Bréfritari: Stefanía Siggeirsdóttir
Viðtakandi: Páll Pálsson
Dagsetning: A-1871-04-05
Skrifað á: Hraungerði  Árn.
Stefanía var bróðurdóttir Páls Pálssonar

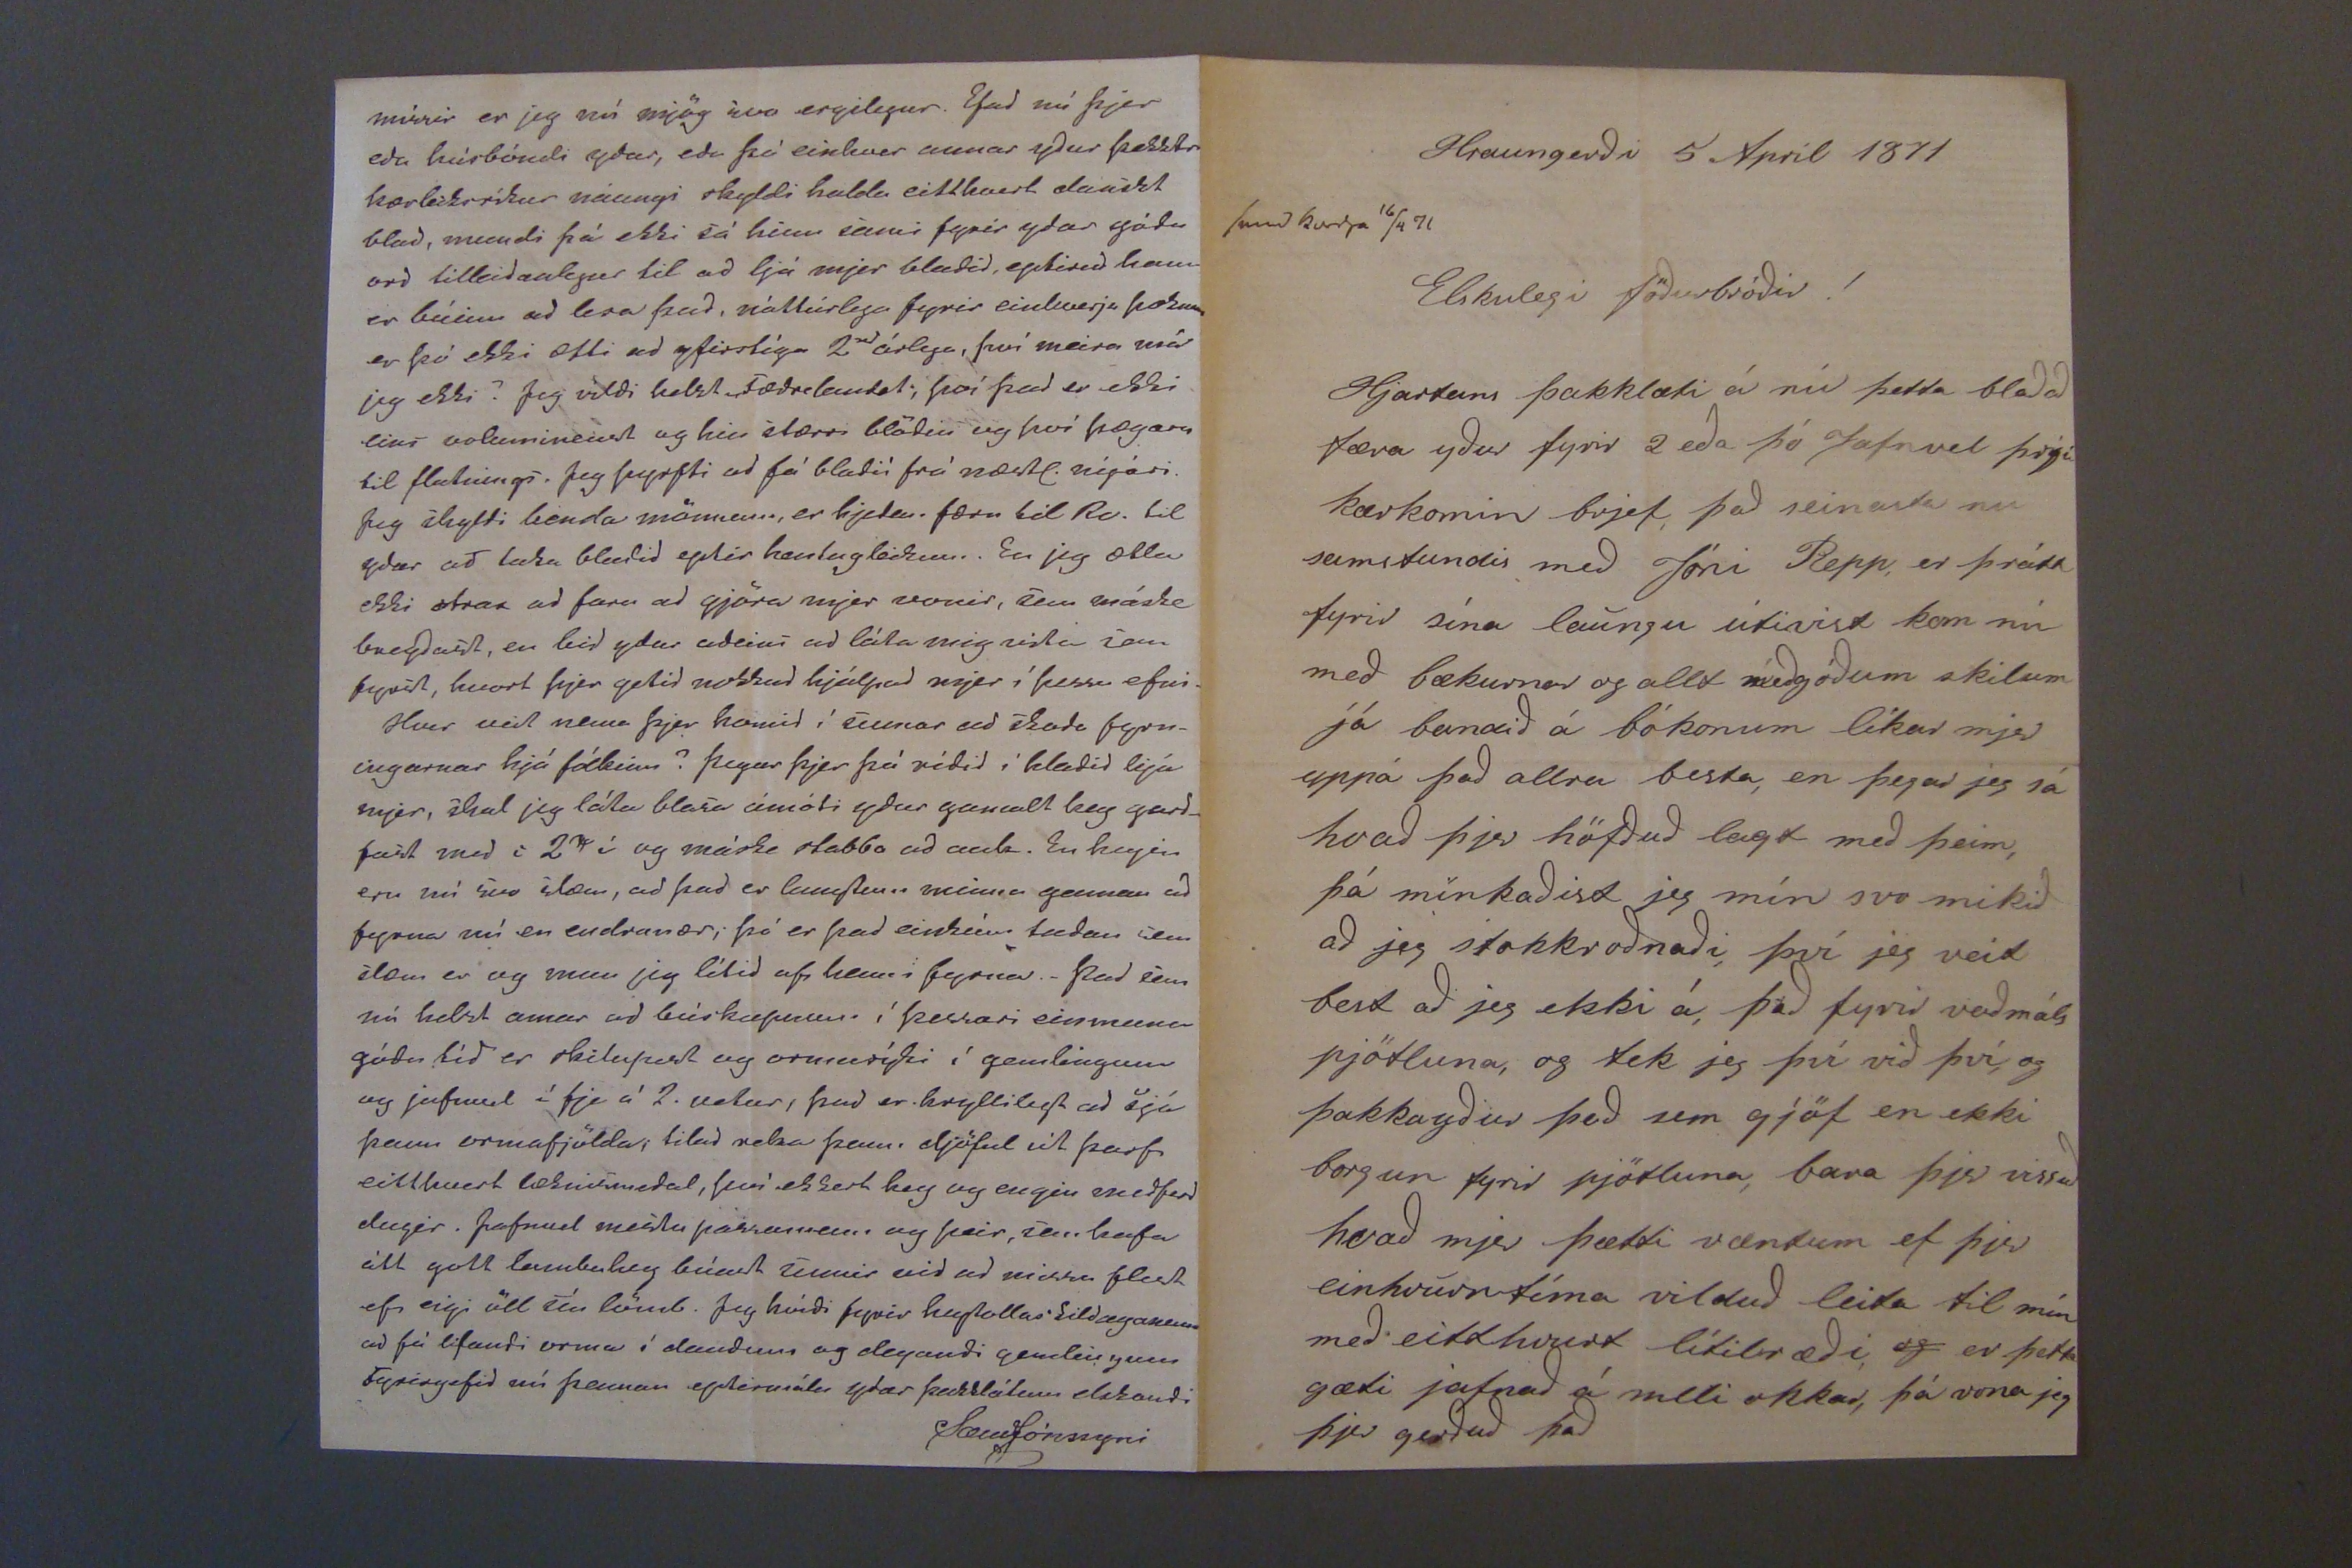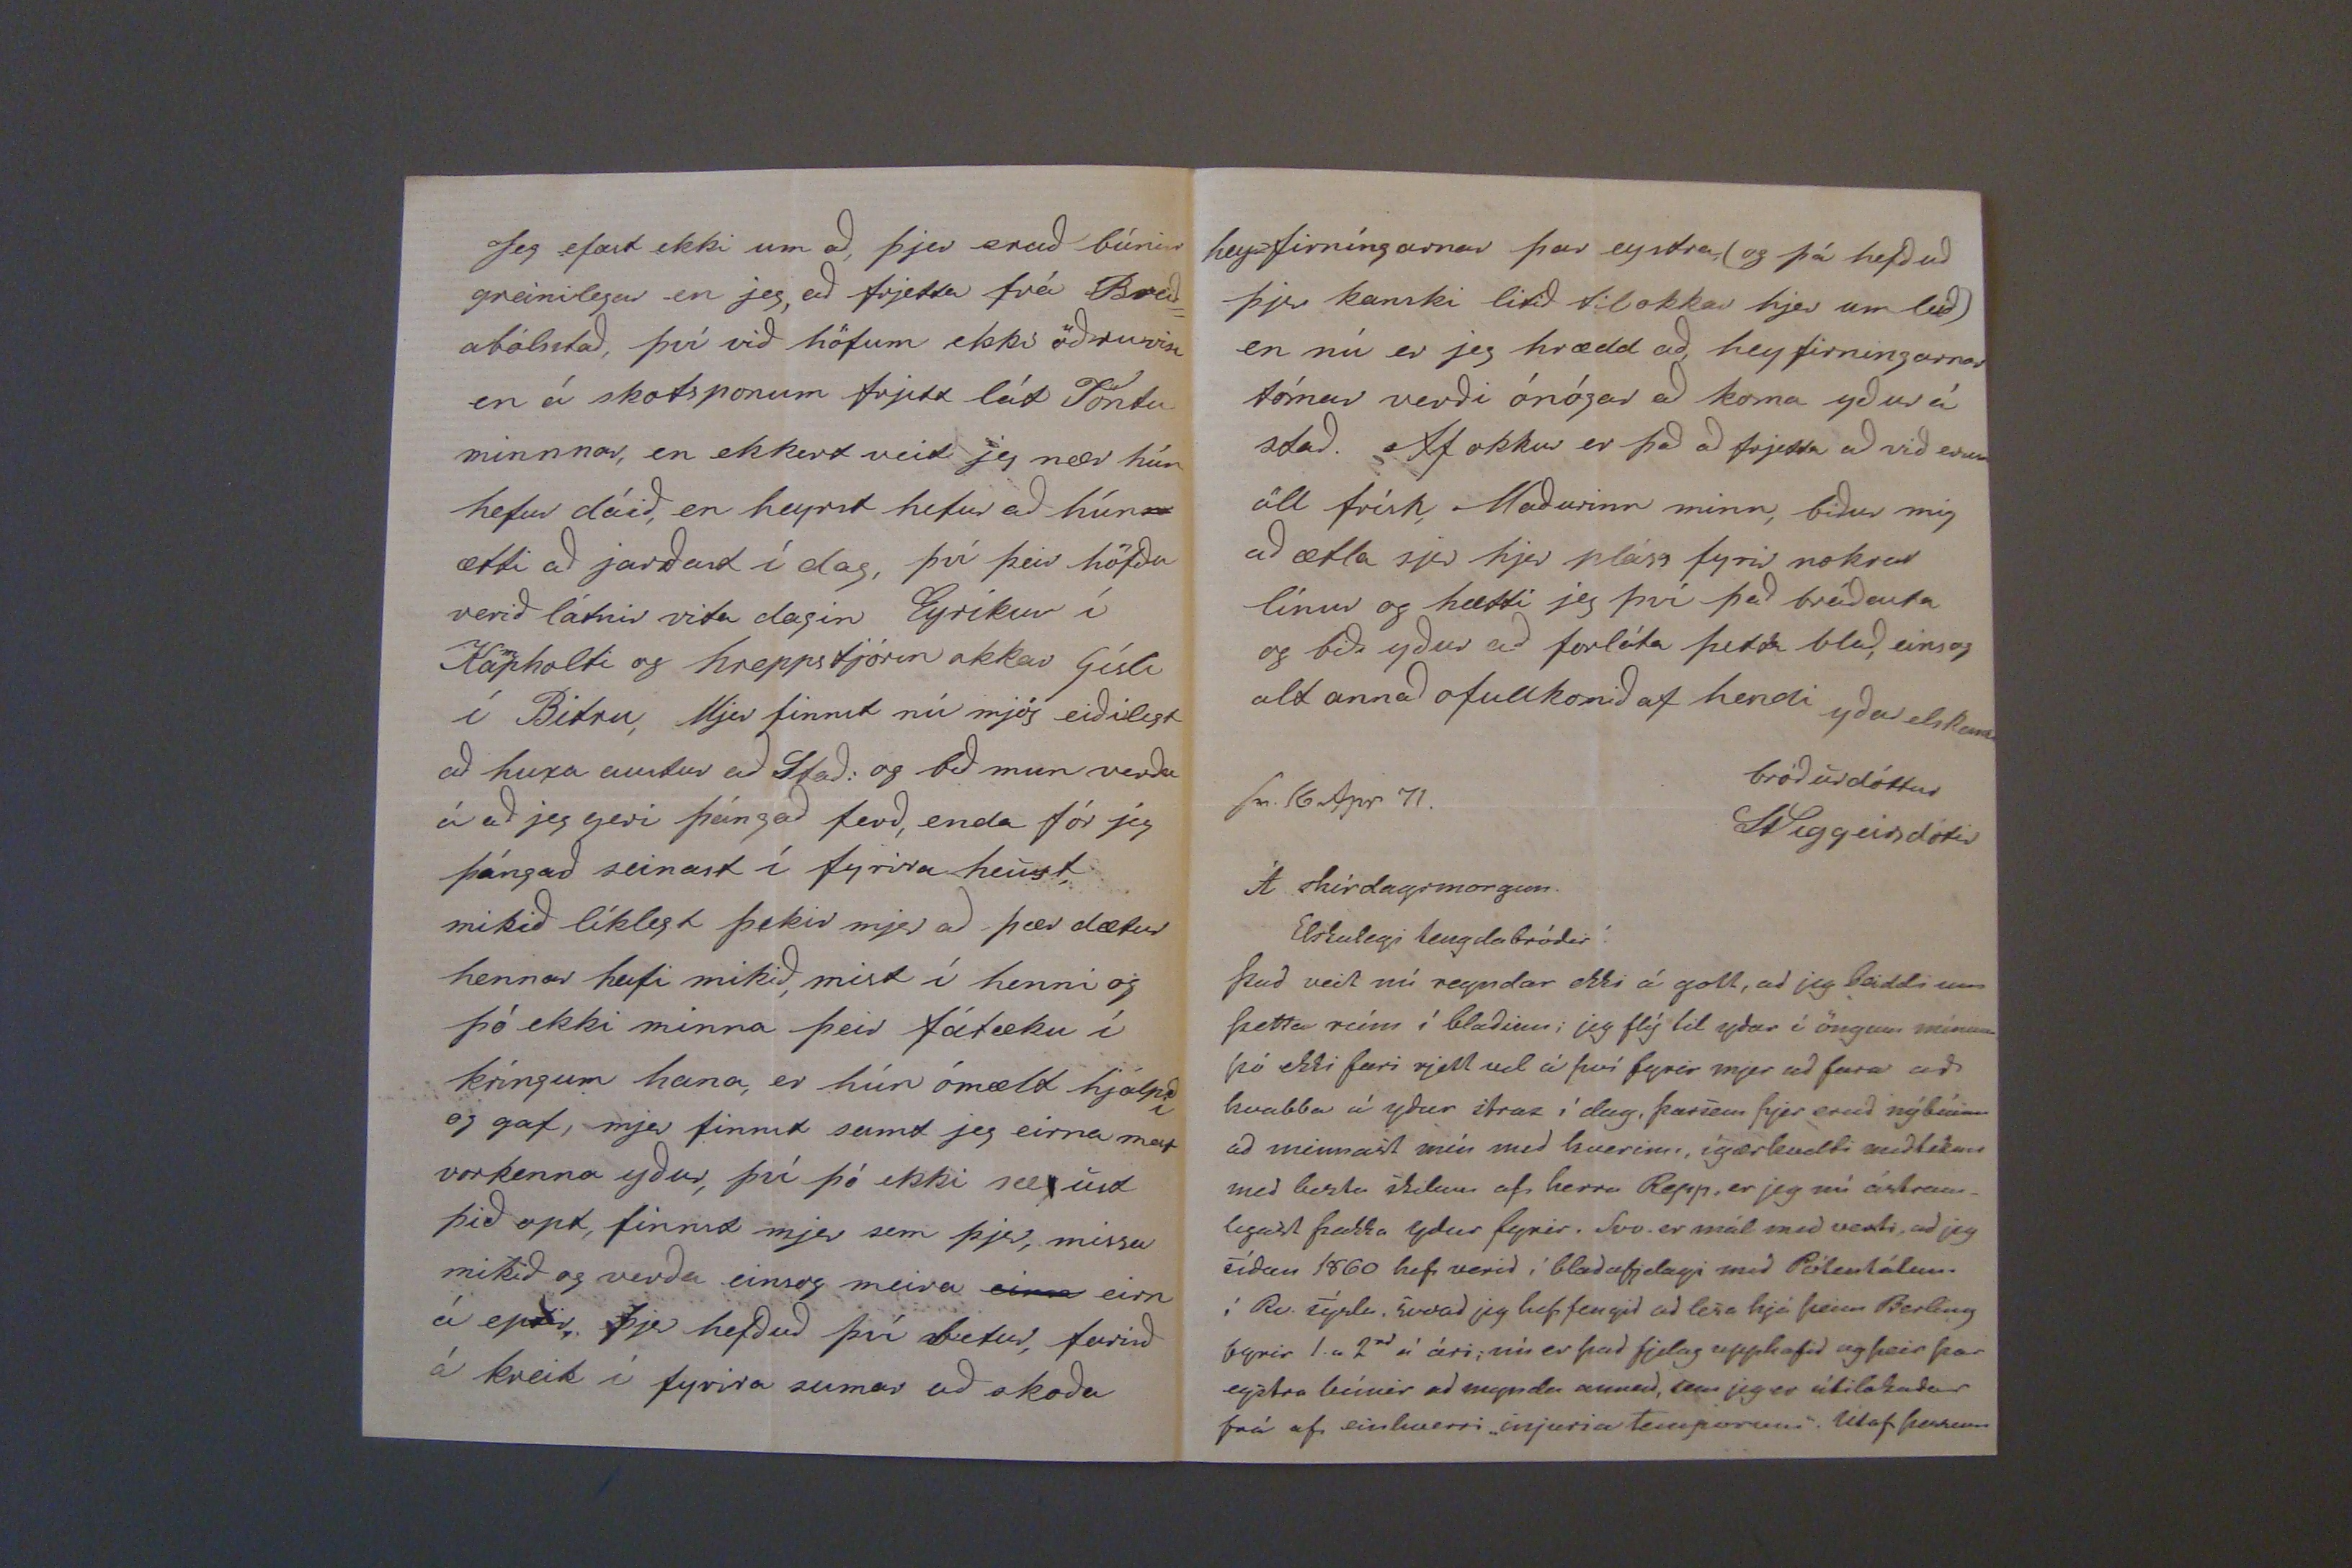

Hraungerði 5 Apríl 1871
send karfa 16/4 71
Elskulegi föðurbróðir!
Hjartans þakklæti á nú þetta blað að færa yður fyrir 2 eða þó jafnvel þrjú kærkomin brjef, það seinasta nu samstundis með Jóni Repp, er þrátt fyrir sína laungu útivist kom nú með bækurnar og allt með góðum skilum já bandið á bókonum líkar mjer uppá það allra besta, en þegar jeg sá hvað þjer höfðuð lagt með þeim, þá mínkaðist jeg mín svo mikið að jeg stokkroðnaði, því jeg veit best að jeg ekki á, það fyrir vaðmáls pjötlurnar, og tek jeg því við því, og þakka yður það sem gjöf en ekki borgun fyrir pjötluna, bara þjer vissuð hvað mjer þætti væntum ef þjer einvhurntíma vilduð leita til mín með eitthvurt lítilræði,
og
er þetta gæti jafnað á milli okkar, þá vona jeg þjer gerðuð það
Jeg efast ekki um að, þjer eruð búnir greinilegar en jeg, að frjetta frá Breið= abólsstað, því við höfum ekki öðruvísi en á skotsponum frjett lát Töndu minnar, en ekkert veit jeg nær hún hefur dáið, en heyrst hefur að hún ætti að jarðast í dag, því þeir höfðu verið látnir vita dagin Eyríkur í Ka
m
pholti og hreppstjórin okkar Gísli í Bitru, Mjer finnst nú mjög eiðilegt að huxa austur að Stað: og bið mun verða á að jeg geri þángað ferð, enda fór jeg þángað seinast í fyrira haust, mikið líklegt þikir mjer að þær dætur hennar hafi mikið, mist í henni og þó ekki minna þeir fátæku í kríngum hana, er hún ómæld hjálpði og gaf, mjer finnst samt jeg eirna mest vorkenna yður, því þó ekki sæust þið opt, finnst mjer sem þjer, missa mikið og verða einsog meira
eirn
eirn á eptir, þjer hefðuð því betur, farið á kreik í fyrira umar að skoða
hey=firníngarnar þar eystra (og þá hefðuð þjer kanski litið til okkar hjer um leið) en nú er jeg hrædd að heyfirningarnar tómar verði ónógar að koma yður á stað. Af okkur er það að frjetta að við erum öll frísk, Maðurinn minn, biður mig að ætla sjer hjer pláss fyrir nokrar línur og hætti jeg því það bráðasta og bið yður að forláta þetta blað, einsog alt annað ofullkomið af hendi
yðar elskandi bróðurdóttur
St Siggeirsdótir
sv. 16 Apr 71
Á skírdagsmorgun
Elskulegi tengdabróðir!
Það veit nú reyndar ekki á gott, ad jeg beiddi um þetta rími í blaðinu; jeg flý til yðar í öngum mínum þó ekki fari rjett vel á því fyrir mjer að fara að kvabba á yður strax í dag, þarsem þjer eruð nýbúinn að minnast mín med kverinu, ígærkveldi meðtókum með beztu skilum af herra Repp, er jeg nú ástsam_ legast þakka yður fyrir. Svo er mál med vexti, að jeg síðan 1860 hefi verið í blaðafjelagi með
Pól000álum
í Rv. sýslu, svoad jeg hefi fengið að lesa hjá þeim Berlíng fyrir 1. a 2rd á ári; nú er það fjelag upphafid og þeir þar eystra búnir að mynda annad, sem jeg er útilokaður frá af einhvorri "injuria Temporum" Útaf þessum
missir er jeg nú mjög svo ergilegur. Efað nú þjer eða húsbóndi yðar, eða þá einhver annar yður þekktr kærleiksríkur náungi skyldi halda eitthvert dáríkt blað, mundi þá ekki sá hinn sami fyrir yðar góðu orð tilleiðanlegur til að ljá mjer blaðið, eptirað hann er búinn að lesa það, náttúrlega fyrir einhverju þosum er þó ekki ætli að yfirstíga 2
rd
árlega, því meira má jeg ekki? Jeg vildi helst
fæðr0lautst;
því það er ekki eins volum
ine00t
og hin stærri blöðin og því hægara til flutnings. Jeg þyrfti að fá blaðið frá næstl. nýári. jeg skyldi benda mönnum, er hjelm. færu til Rv. til yður að taka blaðið eptir hentugleikum. En jeg ætla ekki strax að fara að gjöra mjer vonir, sem máske bregðast, en leið yður aðeins að láta mig vita sem fyrst, hvort þjer getið nokkuð hjálpað mjer í þessu efni. Hvur veit nema þjer komið í sumar að skoða fyrn- ingarnar hjá fólkinu? Þegar þjer þá réðið í blaðið hjá mjer, skal jeg láta blasa ámóti yður gamalt hey garð_ fast með i 2
00
í og máske stabba að auk. En heyin eru nú svo slæm, að það er langtum minna gaman að fyrna nú en endranær; þá er það eintúm taðan sem slæm er og mun jeg lítið af henni fyrna._ Það sem nú helst amar að búskapnum í þessari einmuna góðu tíð er skitapest og ormasýki í gamlingum og jafnvel í fje á 2. vikur, það er hryllilegt að sjá þann ormafjölda; tilað reka þann djöful út þarf eitthvert læknismeðal, því ekkert hey og engin meðferð dugir. Jafnvel mestu passamenn og þeir, sem hafa alt gott lambahey búast sumir við að missa flest ef eigi öll sín lömb. Jeg hvíði fyrir hey
tollas 0ildaga000
að fá lifandi orma í dauðum og deyandi
gamlingum
Fyrirgefið nú þennan eptirmála yðar þakklátum elskandi
SæmJónssyni